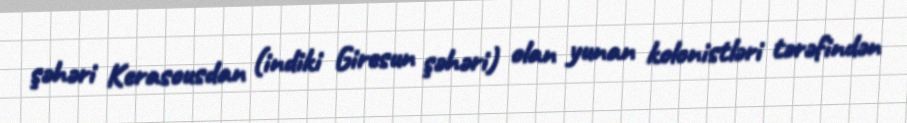
şəhəri Kerasousdan (indiki Giresun şəhəri) olan yunan kolonistləri tərəfindən